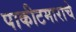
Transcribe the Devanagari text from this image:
पाकीटमाराचे